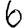
Digit: 6